Indian journal of veterinary science and animal husbandry - Volume 4,
Year: 1934
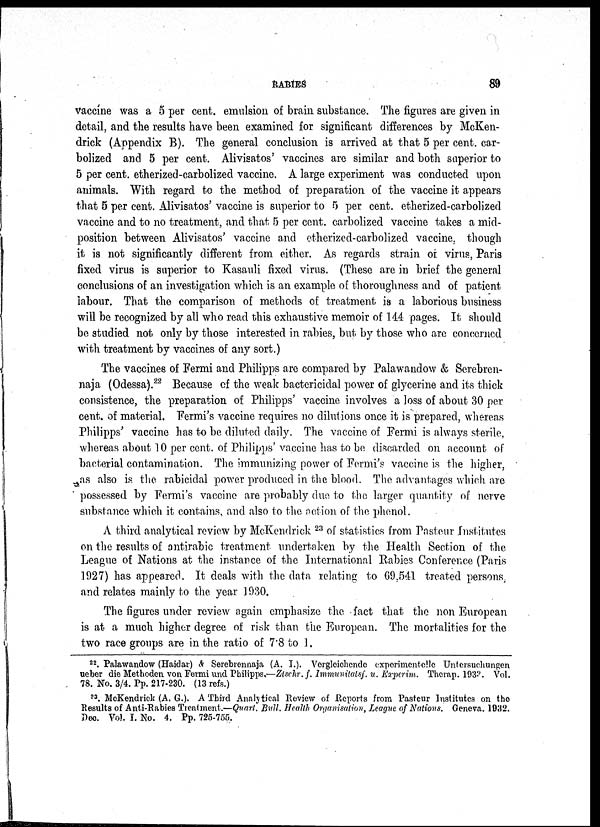
RABIES
89
vaccine was a 5 per cent. emulsion of brain substance. The figures are given in
detail, and the results have been examined for significant differences by McKen-
drick (Appendix B). The general conclusion is arrived at that 5 per cent. car-
bolized and 5 per cent. Alivisatos' vaccines are similar and both superior to
5 per cent. etherized-carbolized vaccine. A large experiment was conducted upon
animals. With regard to the method of preparation of the vaccine it appears
that 5 per cent. Alivisatos' vaccine is superior to 5 per cent. etherized-carbolized
vaccine and to no treatment, and that 5 per cent. carbolized vaccine takes a mid-
position between Alivisatos' vaccine and etherized-carbolized vaccine, though
it is not significantly different from either. As regards strain of virus, Paris
fixed virus is superior to Kasauli fixed virus. (These are in brief the general
conclusions of an investigation which is an example of thoroughness and of patient
labour. That the comparison of methods of treatment is a laborious business
will be recognized by all who read this exhaustive memoir of 144 pages. It should
be studied not only by those interested in rabies, but by those who are concerned
with treatment by vaccines of any sort.)
The vaccines of Fermi and Philipps are compared by Palawandow & Serebren-
naja (Odessa). 22 Because of the weak bactericidal power of glycerine and its thick
consistence, the preparation of Philipps' vaccine involves a loss of about 30 per
cent. of material. Fermi's vaccine requires no dilutions once it is prepared, whereas
Philipps' vaccine has to be diluted daily. The vaccine of Fermi is always sterile,
whereas about 10 per cent. of Philipps' vaccine has to be discarded on account of
bacterial contamination. The immunizing power of Fermi's vaccine is the higher,
as also is the rabicidal power produced in the blood. The advantages which, are
possessed by Fermi's vaccine are probably due to the larger quantity of nerve
substance which it contains, and also to the action of the phenol.
A third analytical review by McKendrick 23 of statistics from Pasteur Institutes
on the results of antirabic treatment undertaken by the Health Section of the
League of Nations at the instance of the International Rabies Conference (Paris
1927) has appeared. It deals with the data relating to 69.541 treated persons,
and relates mainly to the year 1930.
The figures under review again emphasize the fact that the non European
is at a much higher degree of risk than the European. The mortalities for the
two race groups are in the ratio of 7.8 to 1.
22 . Palawandow (Haidar) & Serebrennaja (A. I.). Vergleichende experimentelle Untersuchungen
ueber die Methoden von Fermi und Philipps.—Ztschr, f. Immunitatsf. u, Experim. Therap. 1933. Vol.
78. No. 3/4. Pp. 217-230. (13 refs.)
23 . McKendrick (A. G.). A Third Analytical Review of Reports from Pasteur Institutes on the
Results of Anti-Rabies Treatment.—Quart. Bull. Health Organisation, League of Nations. Geneva. 1932.
Dec. Vol. I. No. 4. Pp. 725-755.